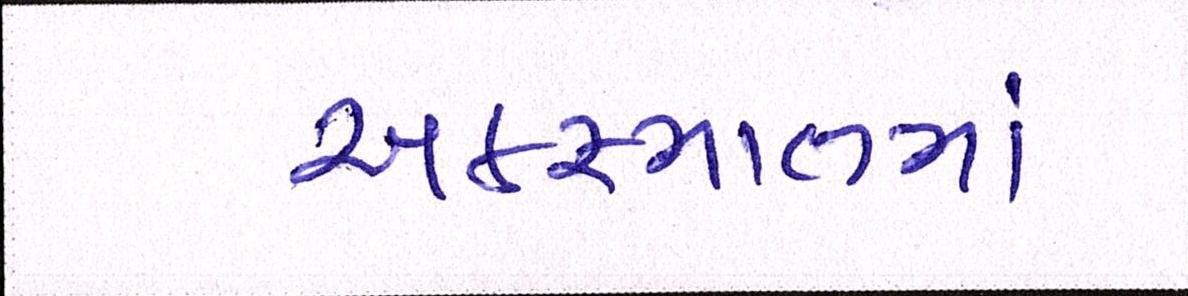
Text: અકસ્માતમાં